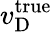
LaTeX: v_{\mathrm{D}}^{\mathrm{true}}